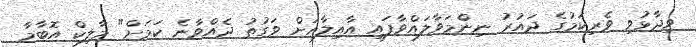
ވިދާޅުވި ވެރިކަމުގެ ދައުރު ނިންމަވާލައްވާފައި އާއިލާއަށް ވަގުތު ދެއްވާނެ ކަމަށް" މާލިކް އޮބާމާ